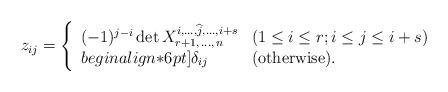
LaTeX: \begin{align*}z_{ij}=\left\{\begin{array}{ll}(-1)^{j-i}\det X^{i,\ldots,\widehat{j},\ldots,i+s}_{r+1,\,\ldots,\,n}&(1\le i\le r; i\le j\le i+s)\\begin{align*}6pt]\delta_{ij}&(\mbox{otherwise}).\end{array}\right.\end{align*}